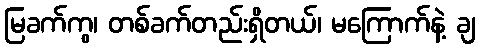
မြခက်ကွ၊ တစ်ခက်တည်းရှိတယ်၊ မကြောက်နဲ့ ချ